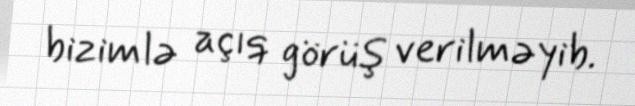
bizimlə açıq görüş verilməyib.